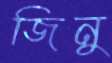
জিনু